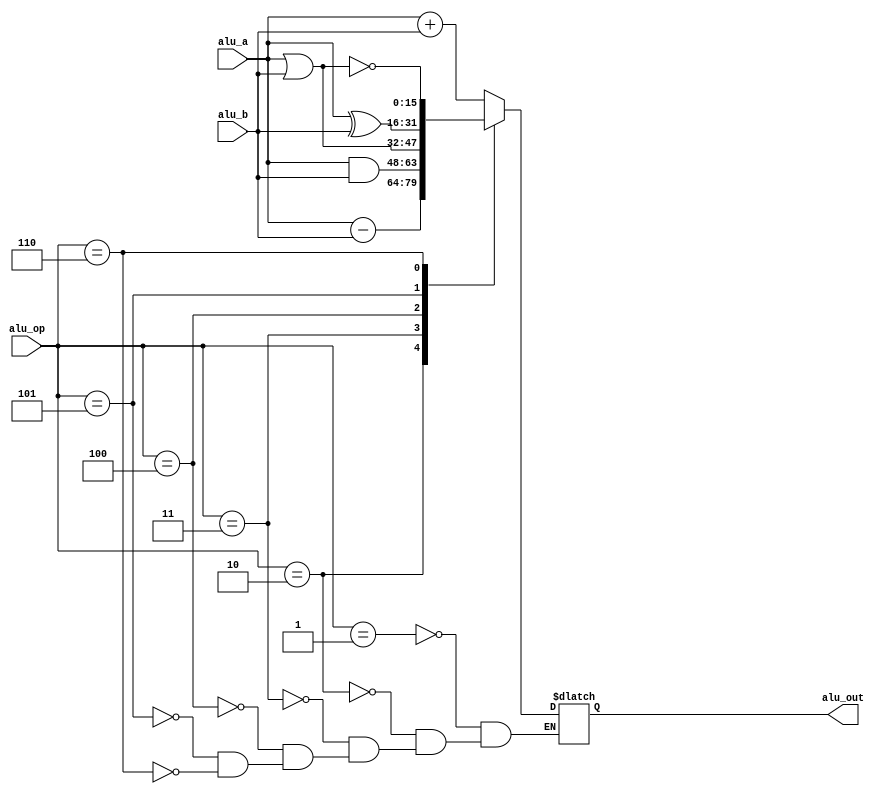
`timescale 1ns / 1ps
//////////////////////////////////////////////////////////////////////////////////
// Company: 
// Engineer: 
// 
// Design Name: 
// Module Name:    ALU 
// Project Name: 
// Target Devices: 
// Tool versions: 
// Description: 
//
// Dependencies: 
//
// Revision: 
// Revision 0.01 - File Created
// Additional Comments: 
//
//////////////////////////////////////////////////////////////////////////////////

module ALU(
    input signed [15:0] alu_a,
	 input signed [15:0] alu_b,
	 input 		  [4:0] 	alu_op,
	 output reg   [15:0] alu_out
);
parameter A_NOP = 5'h00;
parameter A_ADD = 5'h01;
parameter A_SUB = 5'h02;
parameter A_AND = 5'h03;
parameter A_OR  = 5'h04;
parameter A_XOR = 5'h05;
parameter A_NOR = 5'h06;

initial
alu_out = 0;


always@(*)
case(alu_op)
A_NOP:	alu_out <= alu_out;
A_ADD: 	alu_out <= alu_a + alu_b;
A_SUB: 	alu_out <= alu_a - alu_b;
A_AND:	alu_out <= alu_a & alu_b;
A_OR:		alu_out <= alu_a | alu_b;
A_XOR: 	alu_out <= alu_a ^ alu_b;
A_NOR: 	alu_out <= ~(alu_a | alu_b);
endcase
	


endmodule